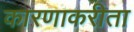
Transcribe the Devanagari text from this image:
कारणाकरीता